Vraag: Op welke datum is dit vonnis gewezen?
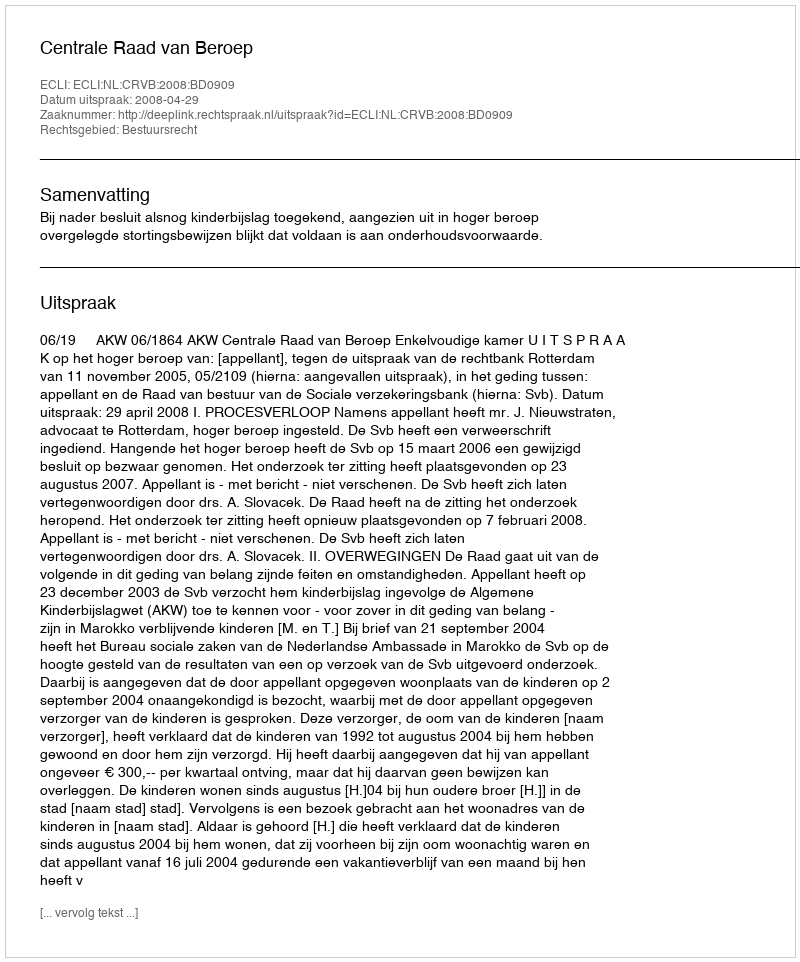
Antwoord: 2008-04-29